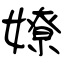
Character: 嫽